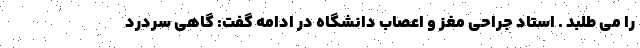
را می طلبد . استاد جراحی مغز و اعصاب دانشگاه در ادامه گفت: گاهی سردرد